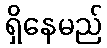
ရှိနေမည်